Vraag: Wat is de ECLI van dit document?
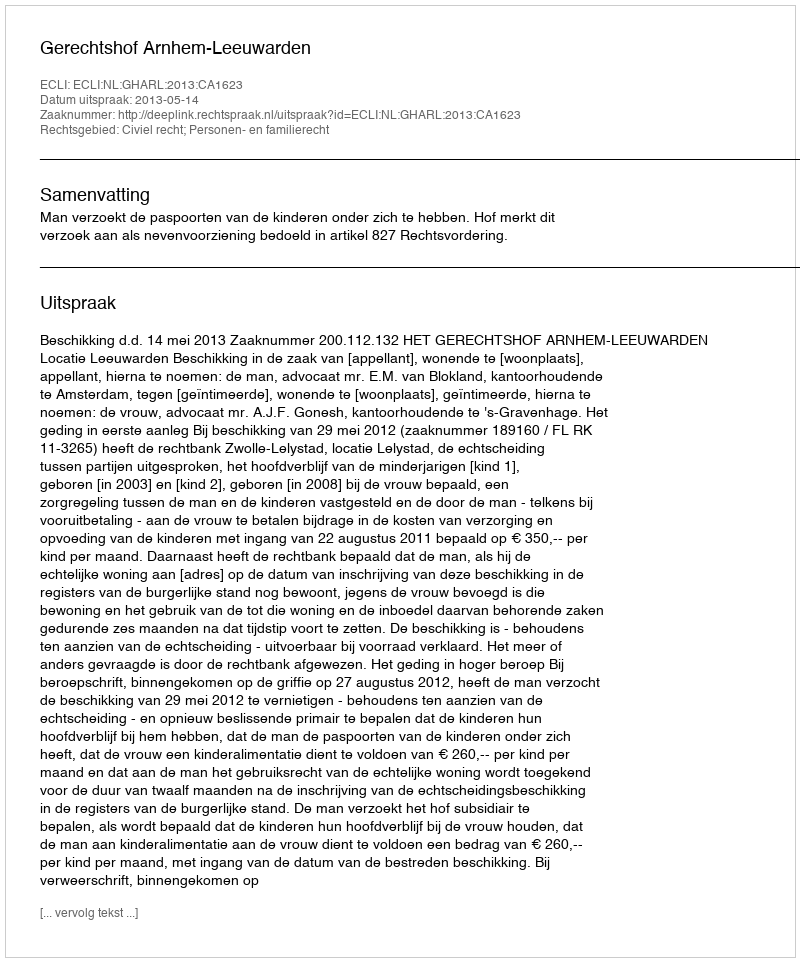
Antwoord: ECLI:NL:GHARL:2013:CA1623